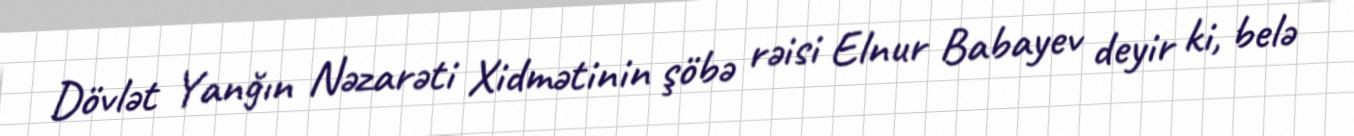
Dövlət Yanğın Nəzarəti Xidmətinin şöbə rəisi Elnur Babayev deyir ki, belə